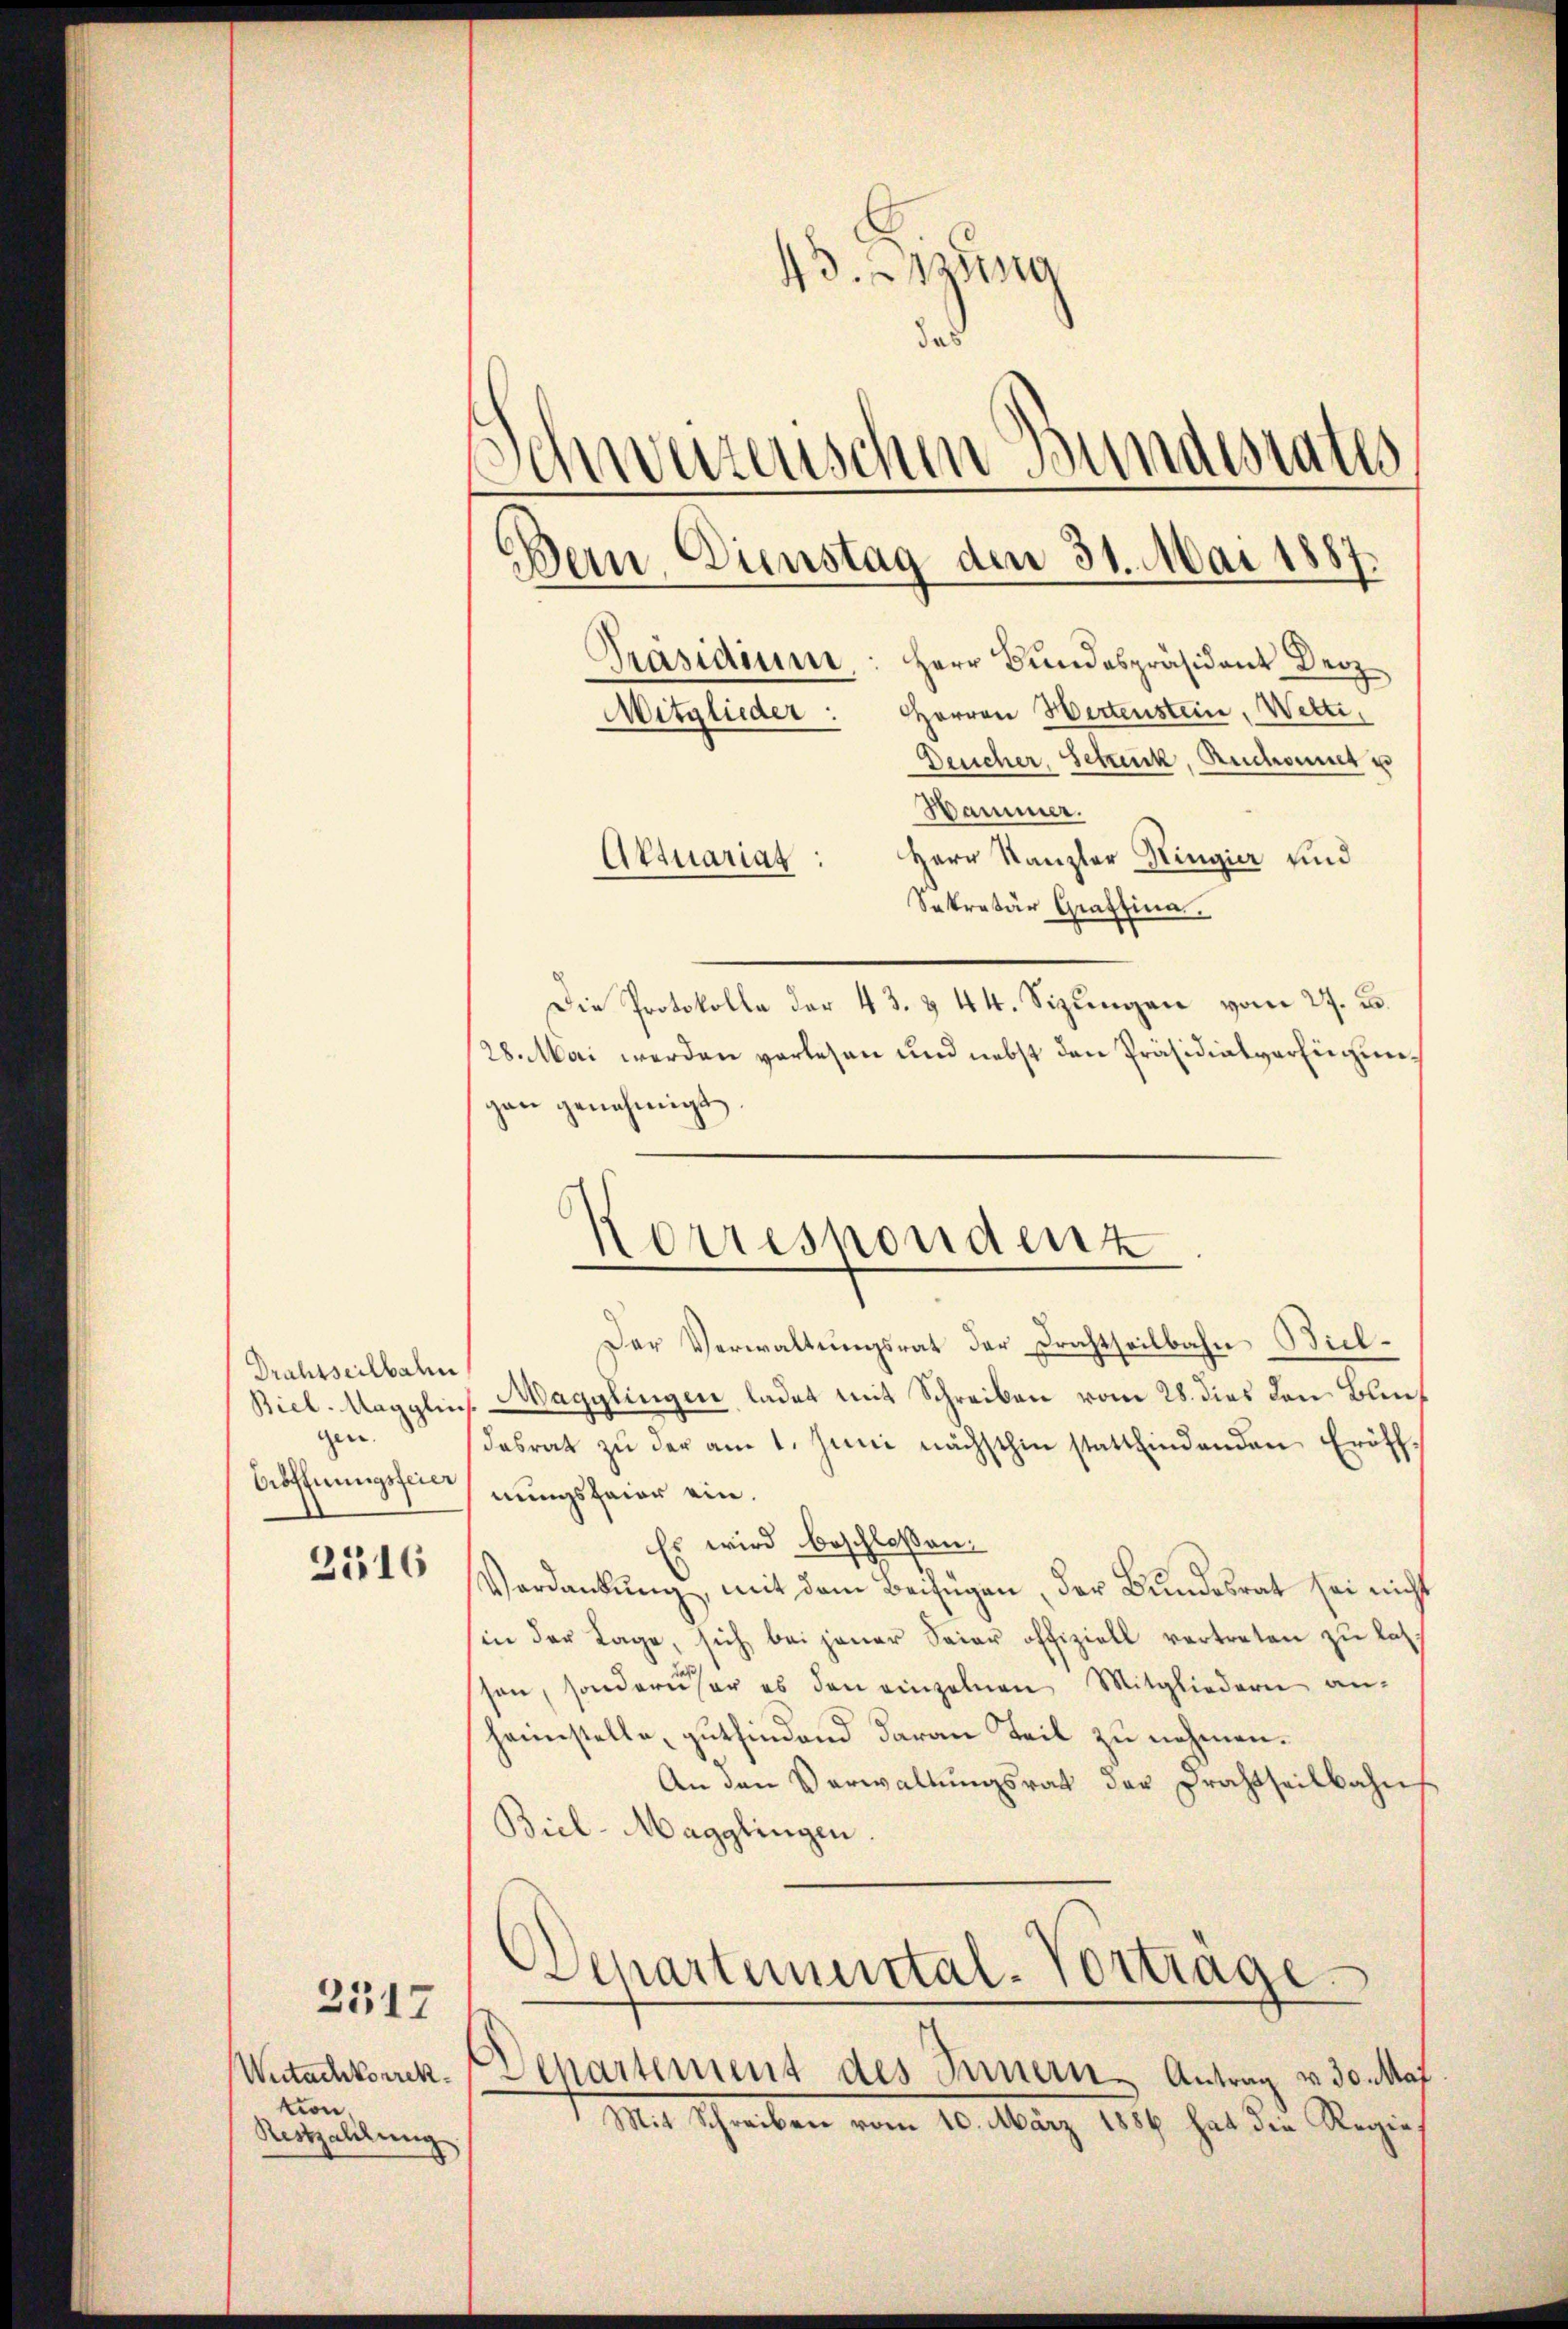
Drahsseilbahn
gen.
Eröffnungsfeier

2516

Wutachkorrektion,
Restzahlung

2517

43. ung
d
c
all
sizerischen Bundes
Bern. Dienstag den 31. Mai 1887.
Präsidium
Herr Bundespräsident Dez
Mitglieder: Herren Hertenstein, Wetti,
Deucher, Schick, Ruchount u
Hammer.
Herr Kanzler Ringier und
Aktuariat
Sekretär Graffina

Die Protokolle der 43. & 44. Sizungen vom 27. u.
28. Mai werden verlesen und nebst den Präsidialverfügungen genehmigt.
Der Verwaltungsrat der Frachtheilbahn Biel¬
Biel. Magglins. Magglingen ladet mit Schreiben vom 28. dies den Blindesrat zŭ der am 1. Juni nächsthin stattfindenden Eröff-
nungsfeier ein.
Es wird beschloßen:
Verdankung, mit dem Beifügen, der Bundesrat sei nicht
in der Lage, sich bei jener Feier offiziell vertreten zu las
son, sonderner es den einzelnen Mitgliedern an-
heimstelle, gutfindend daran Teil zu nehmen.
An den Verwaltungsrat der Frachtheilbahn
Biel-Magglingen
Departemental-Vortrage
Departement des Innern Antrag v. 30. Maj
Mit Schreiben vom 10. März 1849 hat die Regie¬

Korrespondenz